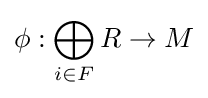
\phi :\bigoplus _{i\in F}R\to M